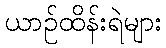
ယာဉ်ထိန်းရဲများ